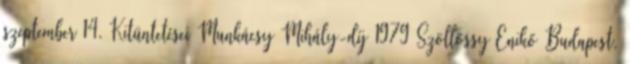
szeptember 14. Kitüntetései Munkácsy Mihály-díj 1979 Szöllőssy Enikő Budapest,